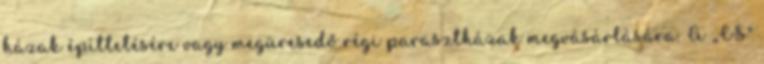
házak építtetésére vagy megüresedő régi parasztházak megvásárlására. A „CS"